Notes on the propagation and cultivation of the medicinal cinchonas, or Peruvian bark trees
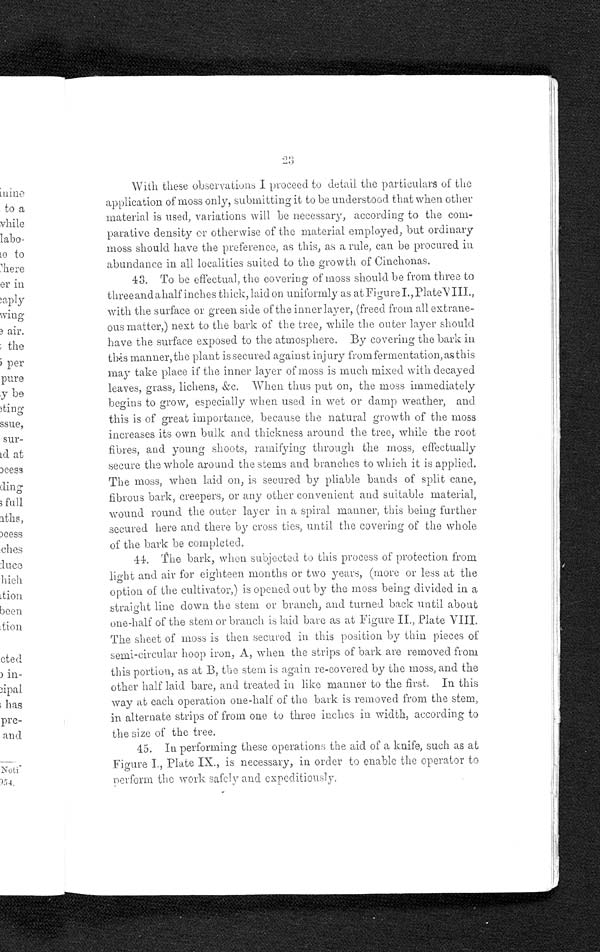
23
With these observations I proceed to detail the particulars of the
application of moss only, submitting it to be understood that when other
material is used, variations will be necessary, according to the com-
parative density or otherwise of the material employed, but ordinary
moss should have the preference, as this, as a rule, can be procured in
abundance in all localities suited to the growth of Cinchonas.
43. To be effectual, the covering of moss should be from three to
three and a half inches thick, laid on uniformly as at Figure I., PlateV III.,
with the surface or green side of the inner layer, (freed from all extrane-
ous matter,) next to the bark of the tree, while the outer layer should
have the surface exposed to the atmosphere. By covering the bark in
t h i s m a n n e r , t h e p l a n t i s s e c u r e d a g a i n s t i n j u r y f r o m f e r m e n t a t i o n , a s t h i s
may take place if the inner layer of moss is much mixed with decayed
l eaves, grass, l i chens, &amp;c. When t hus put on, t he moss i mmedi at el y
begins to grow, especially when used in wet or damp weather, and
this is of great importance, because the natural growth of the moss
increases its own bulk and thickness around the tree, while the root
fibres, and young shoots, ramifying through the moss, effectually
secure the whole around the stems and branches to which it is applied.
The moss, when laid on, is secured by pliable bands of split cane,
fibrous bark, creepers, or any other convenient and suitable material,
wound round the outer layer in a spiral manner, this being further
secured here and there by cross ties, until the covering of the whole
of the bark be completed.
44. The bark, when subjected to this process of protection from
light and air for eighteen months or two years, (more or less at the
option of the cultivator,) is opened out by the moss being divided in a
straight line down the stem or branch, and turned back until about
one-half of the stem or branch is laid bare as at Figure II., Plate VIII.
The sheet of moss is then secured in this position by thin pieces of
semi-circular hoop iron, A, when the strips of bark are removed from
this portion, as at B, the stem is again re-covered by the moss, and the
other half laid bare, and treated in like manner to the first. In this
way at each operation one-half of the bark is removed from the stem,
in alternate strips of from one to three inches in width, according to
the size of the tree.
45. In performing these operations the aid of a knife, such as at
Figure I., Plate IX., is necessary, in order to enable the operator to
perform the work safely and expeditiously.